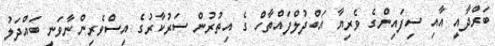
ބަރްދާއީ އާއި ސިފައިންގެ ވެރިޔާ އަބްދުލްފައްތާހް ގެ އިތުރުން ސަރުކާރުގެ އިސްވެރިންނާވަނީ ބައްދަލު